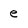
Character: e